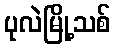
ပုလဲမြို့သစ်